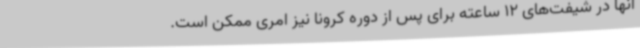
آنها در شیفت‌های 12 ساعته برای پس از دوره کرونا نیز امری ممکن است.